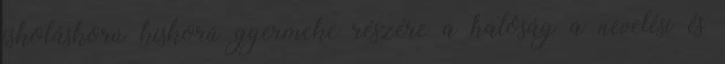
iskoláskorú kiskorú gyermeke részére a hatóság a nevelési és